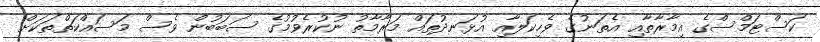
ކަސްޓަމްސްގެ އިމާރާތާއި އެތަނުގެ ވެހިކަލާއި އުޅަނދުތައް މަރާމާތު ނުކުރެވުމުގެ ސަބަބުން ވެސް މަސައްކަތްތަކަށް